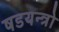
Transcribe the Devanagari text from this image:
षडयन्त्रो